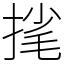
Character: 毮